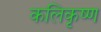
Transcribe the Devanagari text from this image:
कलिकृष्ण